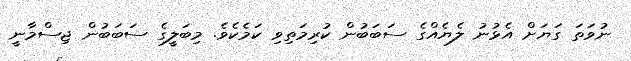
ނުވަތަ ގަޔަށް އެޅުނު ލެޔެއްގެ ސަބަބުން ކުރިމަތިވި ކަމެކެވެ. މިބަލީގެ ސަބަބުން ޖިސްމާނީ